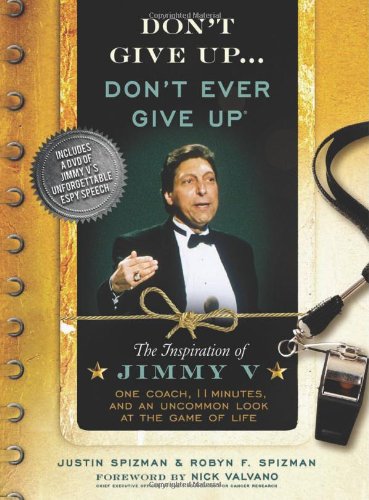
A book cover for Don't Give Up...Don't Ever Give Up: The Inspiration of Jimmy V--One Coach, 11 Minutes, and an Uncommon Look at the Game of Life; Justin Spizman; Health, Fitness & Dieting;